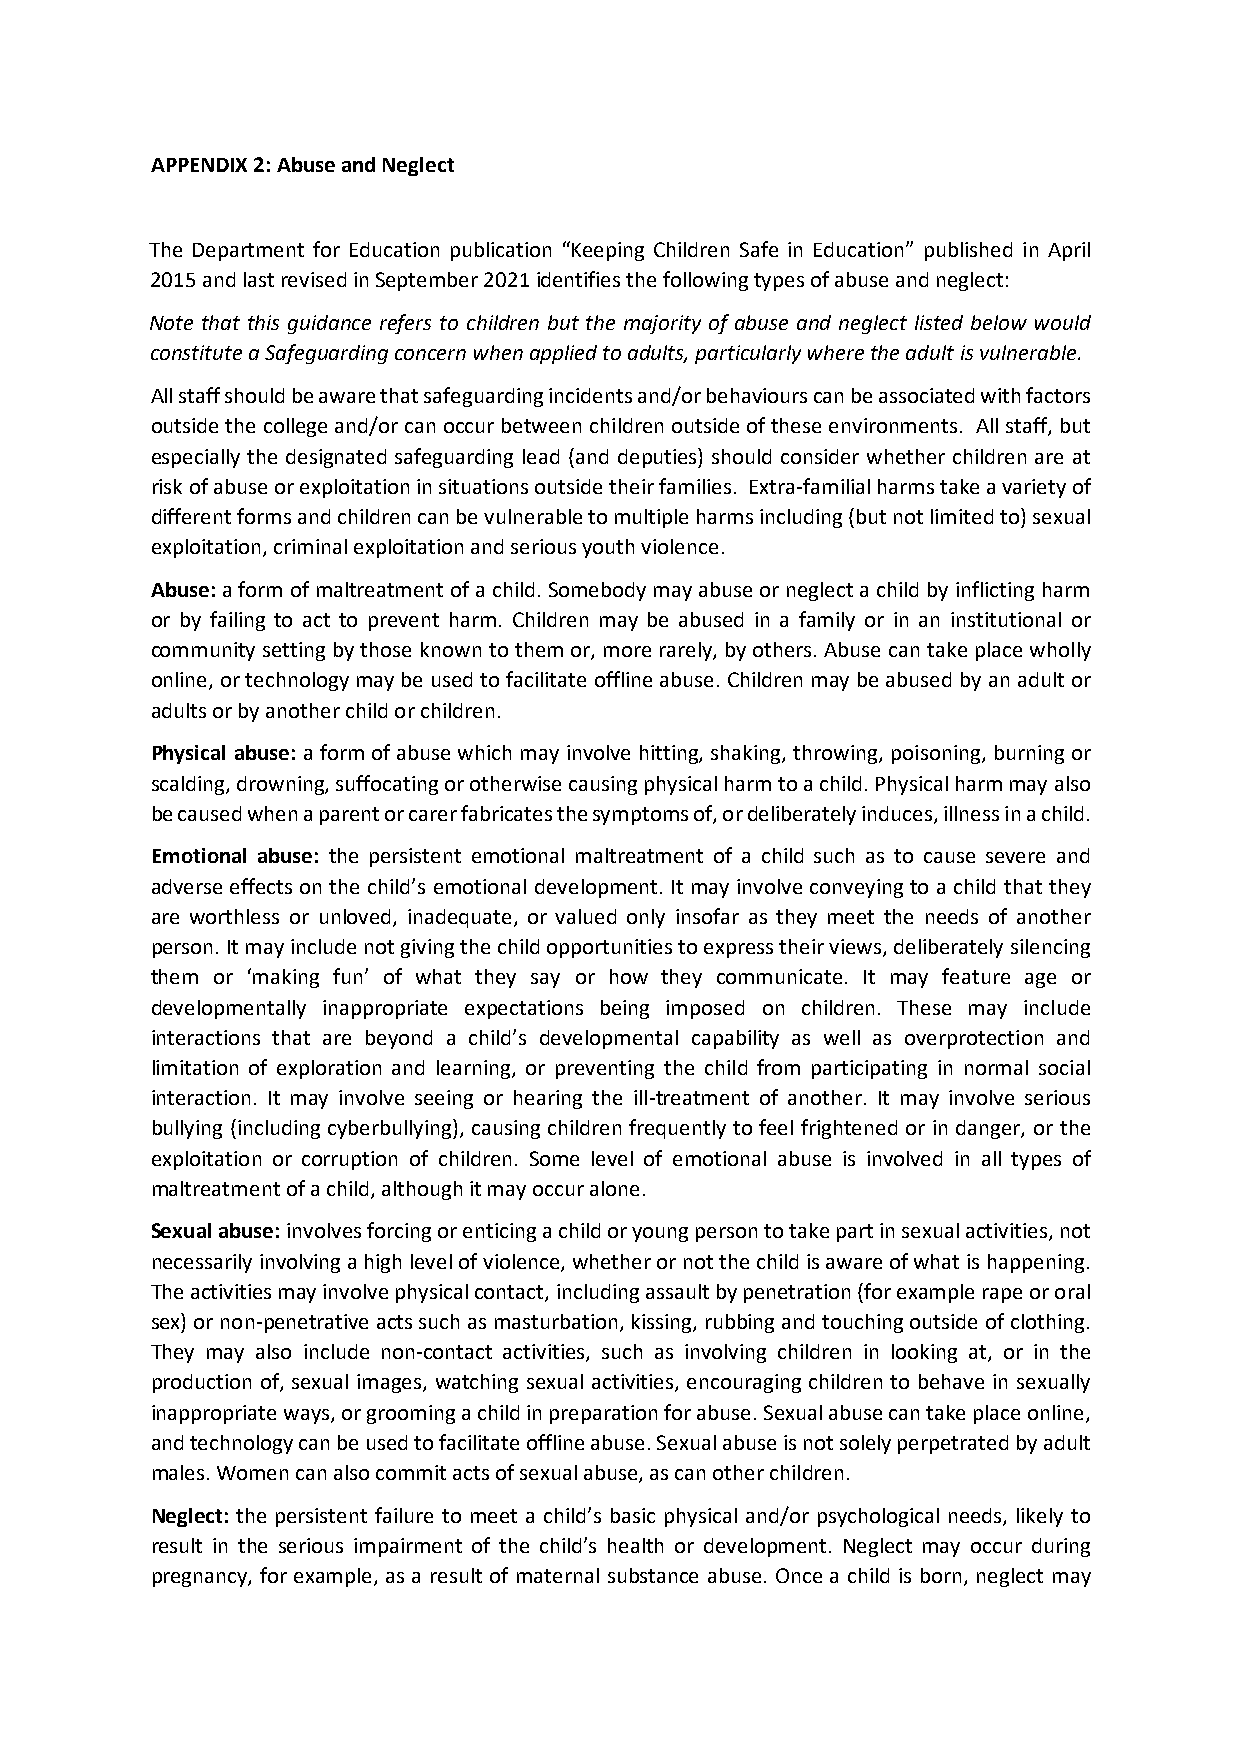
APPENDIX 2: Abuse and Neglect
 The Department for Education publication “Keeping Children Safe in Education” published in April
 2015 and last revised in September 2021 identifies the following types of abuse and neglect:
 Note that this guidance refers to children but the majority of abuse and neglect listed below would
 constitute a Safeguarding concern when applied to adults, particularly where the adult is vulnerable.
 All staff should be aware that safeguarding incidents and/or behaviours can be associated with factors
 outside the college and/or can occur between children outside of these environments. All staff, but
 especially the designated safeguarding lead (and deputies) should consider whether children are at
 risk of abuse or exploitation in situations outside their families. Extra-familial harms take a variety of
 different forms and children can be vulnerable to multiple harms including (but not limited to) sexual
 exploitation, criminal exploitation and serious youth violence.
 Abuse: a form of maltreatment of a child. Somebody may abuse or neglect a child by inflicting harm
 or by failing to act to prevent harm. Children may be abused in a family or in an institutional or
 community setting by those known to them or, more rarely, by others. Abuse can take place wholly
 online, or technology may be used to facilitate offline abuse. Children may be abused by an adult or
 adults or by another child or children.
 Physical abuse: a form of abuse which may involve hitting, shaking, throwing, poisoning, burning or
 scalding, drowning, suffocating or otherwise causing physical harm to a child. Physical harm may also
 be caused when a parent or carer fabricates the symptoms of, or deliberately induces, illness in a child.
 Emotional abuse: the persistent emotional maltreatment of a child such as to cause severe and
 adverse effects on the child’s emotional development. It may involve conveying to a child that they
 are worthless or unloved, inadequate, or valued only insofar as they meet the needs of another
 person. It may include not giving the child opportunities to express their views, deliberately silencing
 them or ‘making fun’ of what they say or how they communicate. It may feature age or
 developmentally inappropriate expectations being imposed on children. These may include
 interactions that are beyond a child’s developmental capability as well as overprotection and
 limitation of exploration and learning, or preventing the child from participating in normal social
 interaction. It may involve seeing or hearing the ill-treatment of another. It may involve serious
 bullying (including cyberbullying), causing children frequently to feel frightened or in danger, or the
 exploitation or corruption of children. Some level of emotional abuse is involved in all types of
 maltreatment of a child, although it may occur alone.
 Sexual abuse: involves forcing or enticing a child or young person to take part in sexual activities, not
 necessarily involving a high level of violence, whether or not the child is aware of what is happening.
 The activities may involve physical contact, including assault by penetration (for example rape or oral
 sex) or non-penetrative acts such as masturbation, kissing, rubbing and touching outside of clothing.
 They may also include non-contact activities, such as involving children in looking at, or in the
 production of, sexual images, watching sexual activities, encouraging children to behave in sexually
 inappropriate ways, or grooming a child in preparation for abuse. Sexual abuse can take place online,
 and technology can be used to facilitate offline abuse. Sexual abuse is not solely perpetrated by adult
 males. Women can also commit acts of sexual abuse, as can other children.
 Neglect: the persistent failure to meet a child’s basic physical and/or psychological needs, likely to
 result in the serious impairment of the child’s health or development. Neglect may occur during
 pregnancy, for example, as a result of maternal substance abuse. Once a child is born, neglect may